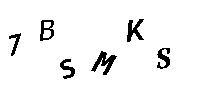
7BSMKS